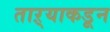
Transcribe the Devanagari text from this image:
ताऱ्याकडून